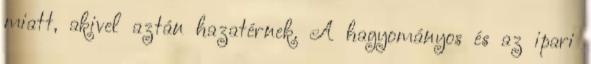
miatt, akivel aztán hazatérnek. A hagyományos és az ipari